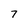
Character: 7